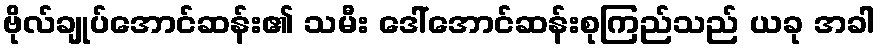
ဗိုလ်ချုပ်အောင်ဆန်း၏ သမီး ဒေါ်အောင်ဆန်းစုကြည်သည် ယခု အခါ